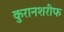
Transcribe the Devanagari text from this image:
कुरानशरीफ